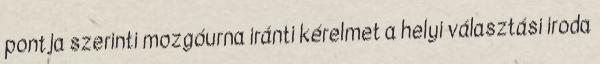
pontja szerinti mozgóurna iránti kérelmet a helyi választási iroda